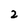
Character: 2